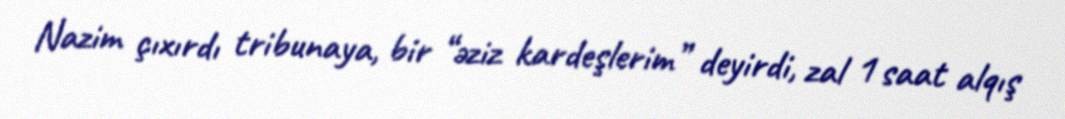
Nazim çıxırdı tribunaya, bir “əziz kardeşlerim” deyirdi, zal 1 saat alqış